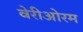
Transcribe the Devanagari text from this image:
वेरीओरम